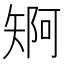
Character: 𮀄